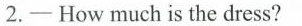
2.——How much is the dress?